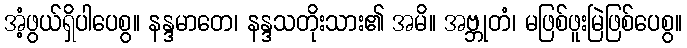
အံ့ဖွယ်ရှိပါပေစွ။ နန္ဒမာတေ၊ နန္ဒသတိုးသား၏ အမိ။ အဗ္ဘုတံ၊ မဖြစ်ဖူးမြဲဖြစ်ပေစွ။